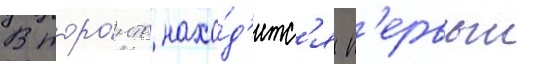
В торо́нто нахо́д'итс'я п'ервыи